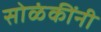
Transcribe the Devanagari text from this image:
सोळंकींनी